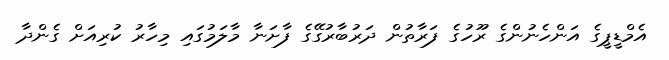
އެމްޑީޕީގެ އަންހެނުންގެ ރޫހުގެ ފަރާތުން ދަރުބާރުގޭގެ ފާށަނާ މާލަމުގައި މިހާރު ކުރިއަށް ގެންދާ